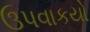
ઉપવાકયો